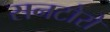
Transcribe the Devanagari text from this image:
सनटोरो